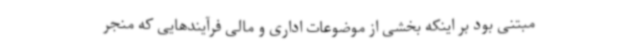
مبتنی بود بر اینکه بخشی از موضوعات اداری و مالی فرآیندهایی که منجر